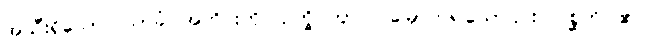
အသီးရှိသော။ သာခံ၊ အကိုင်းကို။ ဥက္ခိပိတွာဝါ၊ မြှောက်၍သော်၎င်း။ ဂစ္ဆတိ၊ ၏။